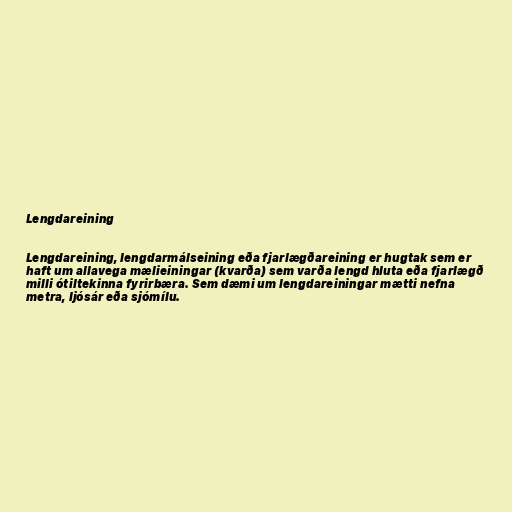
Lengdareining

Lengdareining, lengdarmálseining eða fjarlægðareining er hugtak sem er
haft um allavega mælieiningar (kvarða) sem varða lengd hluta eða fjarlægð
milli ótiltekinna fyrirbæra. Sem dæmi um lengdareiningar mætti nefna
metra, ljósár eða sjómílu.